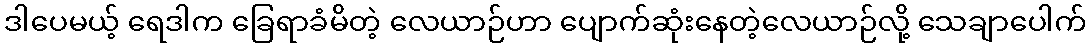
ဒါပေမယ့် ရေဒါက ခြေရာခံမိတဲ့ လေယာဉ်ဟာ ပျောက်ဆုံးနေတဲ့လေယာဉ်လို့ သေချာပေါက်